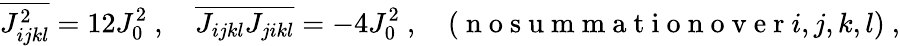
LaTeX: \overline{{J_{ijkl}^{2}}}=12J_{0}^{2}~,\ \ \ \ \overline{{J_{ijkl}J_{jikl}}}=-4J_{0}^{2}~,\quad(\mathrm{~n~o~s~u~m~m~a~t~i~o~n~o~v~e~r~}i,j,k,l)~,